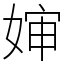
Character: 婶